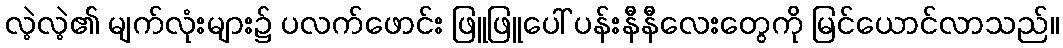
လဲ့လဲ့၏ မျက်လုံးများ၌ ပလက်ဖောင်း ဖြူဖြူပေါ် ပန်းနီနီလေးတွေကို မြင်ယောင်လာသည်။